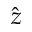
\hat { z }